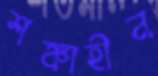
শঙ্কাহীন